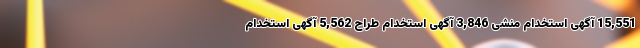
15,551 آگهی استخدام منشی 3,846 آگهی استخدام طراح 5,562 آگهی استخدام